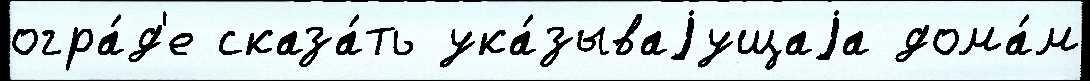
огра́д'е сказа́ть ука́зываjущаjа дома́м